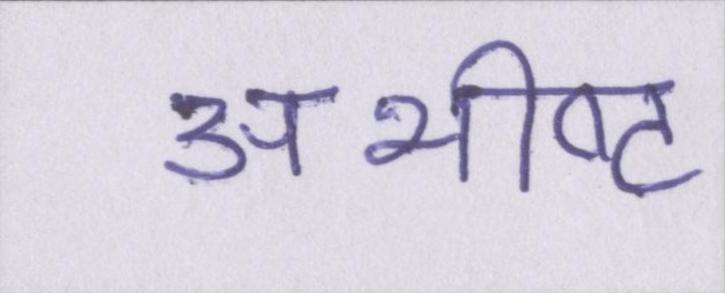
अभीष्ट